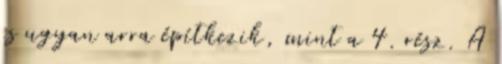
is ugyan arra építkezik, mint a 4. rész. A